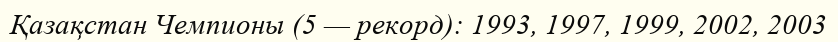
Қазақстан Чемпионы (5 — рекорд): 1993, 1997, 1999, 2002, 2003